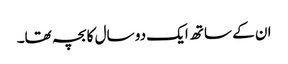
ان کے ساتھ ایک دو سال کا بچہ تھا۔